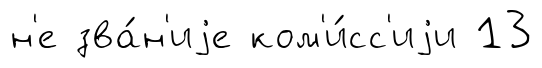
н'е зва́н'иjе ком'и́сс'иjи 13